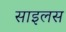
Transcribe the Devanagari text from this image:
साइलस